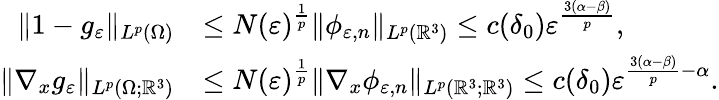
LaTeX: \begin{array}{rl}{\| 1-g_{\varepsilon}\| _{L^{p}(\Omega)}}&{\leq N(\varepsilon)^{\frac{1}{p}}\| \phi_{\varepsilon,n}\| _{L^{p}(\mathbb{R}^{3})}\leq c(\delta_{0})\varepsilon^{\frac{3(\alpha-\beta)}{p}},}\\ {\| \nabla_{x}g_{\varepsilon}\| _{L^{p}(\Omega;\mathbb{R}^{3})}}&{\leq N(\varepsilon)^{\frac{1}{p}}\| \nabla_{x}\phi_{\varepsilon,n}\| _{L^{p}(\mathbb{R}^{3};\mathbb{R}^{3})}\leq c(\delta_{0})\varepsilon^{\frac{3(\alpha-\beta)}{p}-\alpha}.}\end{array}